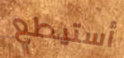
أستيطع